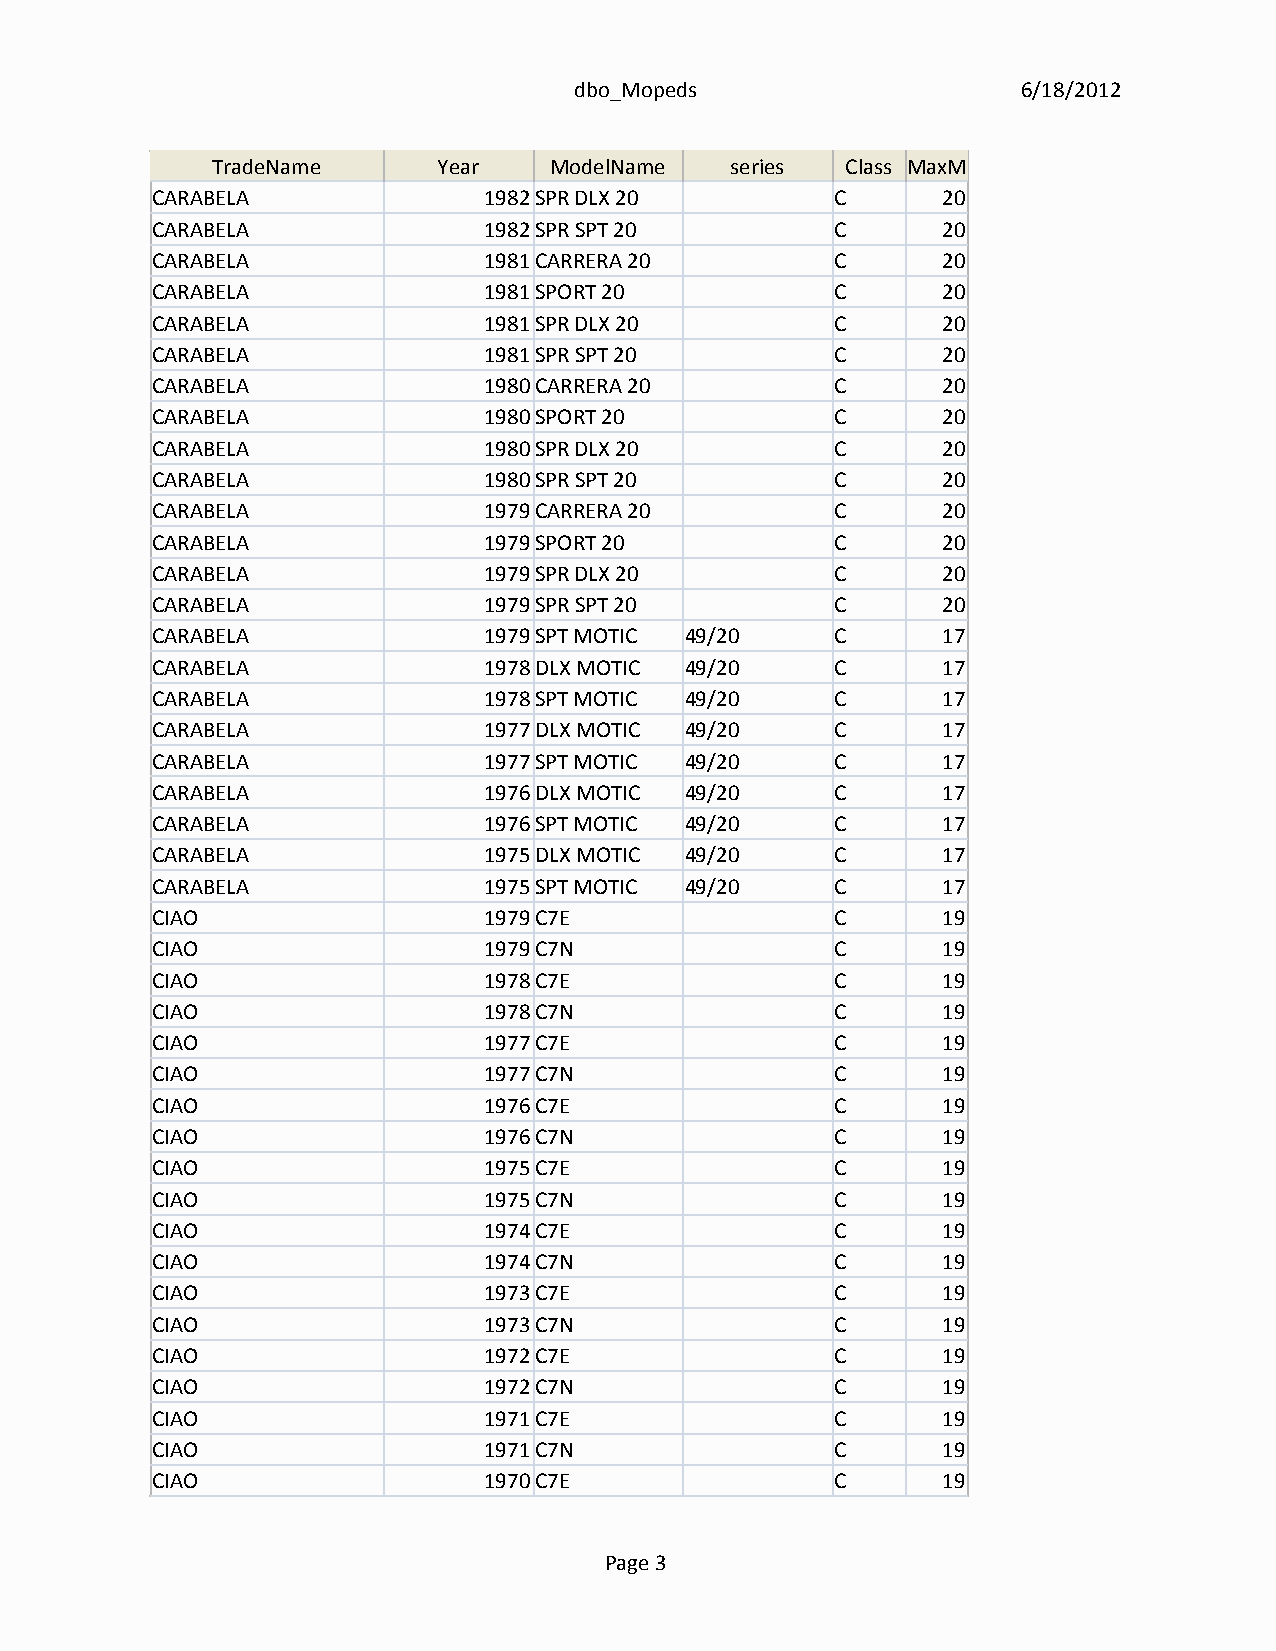
dbo_Mopeds                    6/18/2012
 TradeName      Year   ModelName   series  Class MaxMPH
 CARABELA              1982SPR DLX 20         C      20
 CARABELA              1982SPR SPT 20         C      20
 CARABELA              1981CARRERA 20         C      20
 CARABELA              1981SPORT 20           C      20
 CARABELA              1981SPR DLX 20         C      20
 CARABELA              1981SPR SPT 20         C      20
 CARABELA              1980CARRERA 20         C      20
 CARABELA              1980SPORT 20           C      20
 CARABELA              1980SPR DLX 20         C      20
 CARABELA              1980SPR SPT 20         C      20
 CARABELA              1979CARRERA 20         C      20
 CARABELA              1979SPORT 20           C      20
 CARABELA              1979SPR DLX 20         C      20
 CARABELA              1979SPR SPT 20         C      20
 CARABELA              1979SPT MOTIC 49/20    C      17
 CARABELA              1978DLX MOTIC 49/20    C      17
 CARABELA              1978SPT MOTIC 49/20    C      17
 CARABELA              1977DLX MOTIC 49/20    C      17
 CARABELA              1977SPT MOTIC 49/20    C      17
 CARABELA              1976DLX MOTIC 49/20    C      17
 CARABELA              1976SPT MOTIC 49/20    C      17
 CARABELA              1975DLX MOTIC 49/20    C      17
 CARABELA              1975SPT MOTIC 49/20    C      17
 CIAO                  1979C7E                C      19
 CIAO                  1979C7N                C      19
 CIAO                  1978C7E                C      19
 CIAO                  1978C7N                C      19
 CIAO                  1977C7E                C      19
 CIAO                  1977C7N                C      19
 CIAO                  1976C7E                C      19
 CIAO                  1976C7N                C      19
 CIAO                  1975C7E                C      19
 CIAO                  1975C7N                C      19
 CIAO                  1974C7E                C      19
 CIAO                  1974C7N                C      19
 CIAO                  1973C7E                C      19
 CIAO                  1973C7N                C      19
 CIAO                  1972C7E                C      19
 CIAO                  1972C7N                C      19
 CIAO                  1971C7E                C      19
 CIAO                  1971C7N                C      19
 CIAO                  1970C7E                C      19
 Page 3